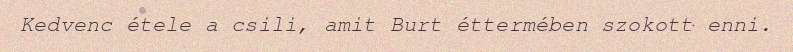
Kedvenc étele a csili, amit Burt éttermében szokott enni.